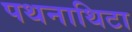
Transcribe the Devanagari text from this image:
पथनाथिटा